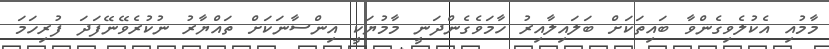
މާމުއި އެކުލެވިގެންވާ ބައިތަކަށް ބަލައިލާއިރު ހާމަވެގެންދަނީ މާމުޔަކީ އިންސާނަކަށް ތައްޔާރު ނުކުރެވޭނޭފަދަ ފުރިހަމަ